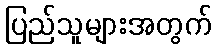
ပြည်သူများအတွက်